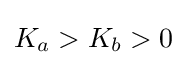
K_{a}>K_{b}>0